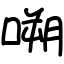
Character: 嗍